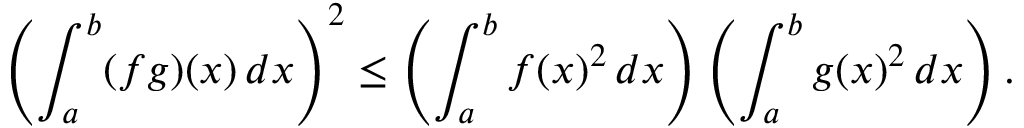
\left( \int _ { a } ^ { b } ( f g ) ( x ) \, d x \right) ^ { 2 } \leq \left( \int _ { a } ^ { b } f ( x ) ^ { 2 } \, d x \right) \left( \int _ { a } ^ { b } g ( x ) ^ { 2 } \, d x \right) .